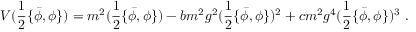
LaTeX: V ( \frac 1 2 \{ \bar { \phi } , \phi \} ) = m ^ { 2 } ( \frac 1 2 \{ \bar { \phi } , \phi \} ) - b m ^ { 2 } g ^ { 2 } ( \frac 1 2 \{ \bar { \phi } , \phi \} ) ^ { 2 } + c m ^ { 2 } g ^ { 4 } ( \frac 1 2 \{ \bar { \phi } , \phi \} ) ^ { 3 } \ .